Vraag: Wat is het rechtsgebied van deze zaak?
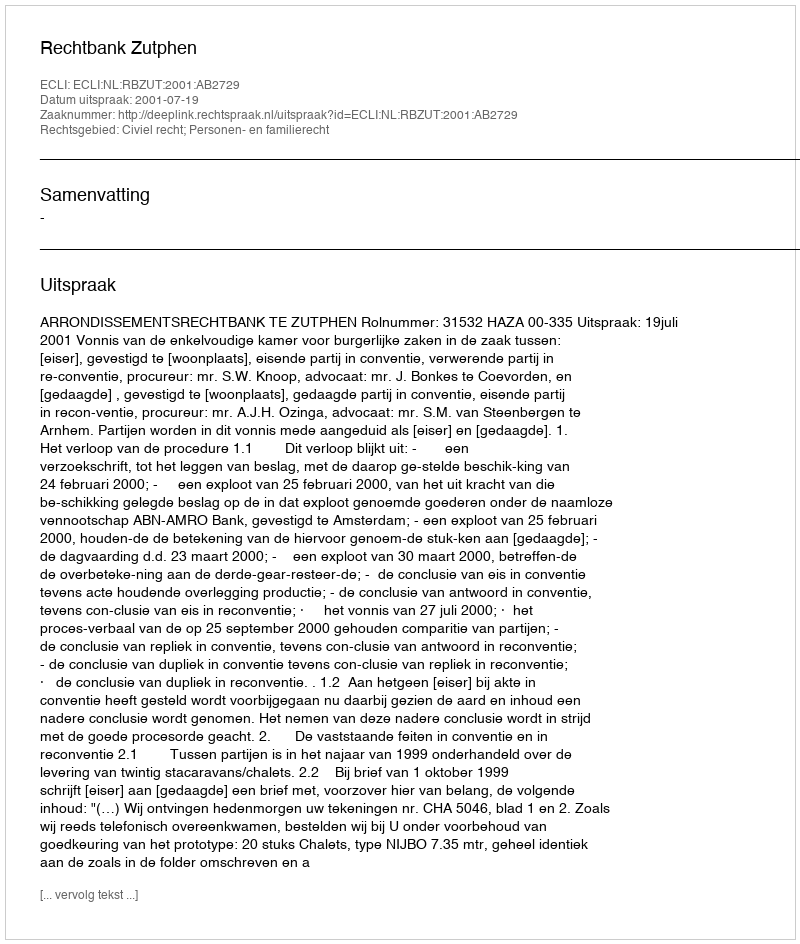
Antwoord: Civiel recht; Personen- en familierecht